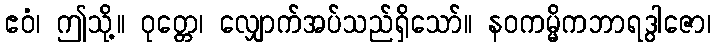
ဧဝံ၊ ဤသို့။ ဝုတ္တေ၊ လျှောက်အပ်သည်ရှိသော်။ နဝကမ္မိကဘာရဒွါဇော၊